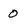
Character: 0